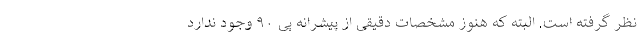
نظر گرفته است. البته که هنوز مشخصات دقیقی از پیشرانه پی ۹۰ وجود ندارد